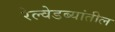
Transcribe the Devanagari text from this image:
रेल्वेडब्यांतील